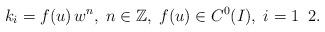
LaTeX: \begin{align*}k_{i}=f(u)\,w^{n},\;n\in\mathbb{Z},\;f(u)\in C^{0}(I),\;i=1\; \;2. \end{align*}